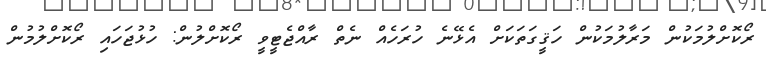
ރޯކޮށްލުމަކުން މަރާލުމަކުން ހަޤީގަތަކަށް އެޅޭނެ ހުރަހެއް ނެތް ރާއްޖެޓީވީ ރޯކޮށްލުން: ހުޅުޖަހައި ރޯކޮށްލުމުން